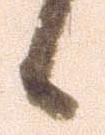
候